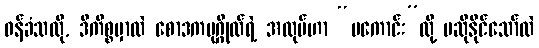
ဝန်ခံသလို, ဒီကိစ္စမှာလဲ စောဒကပုဂ္ဂိုလ်ရဲ့ အလုပ်ဟာ “မကောင်း”လို့ မဆိုနိုင်သော်လဲ